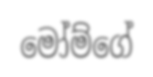
මෝම්ගේ